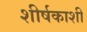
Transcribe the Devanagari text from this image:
शीर्षकाशी